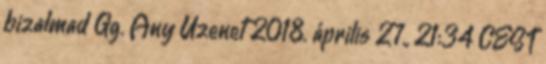
bizalmad Gg. Any Üzenet 2018. április 27., 21:34 CEST